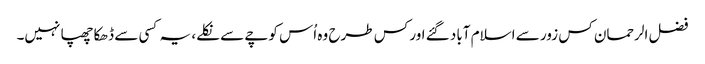
فضل الرحمان کس زور سے اسلام آباد گئے اور کس طرح وہ اُس کوچے سے نکلے، یہ کسی سے ڈھکا چھپا نہیں۔